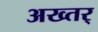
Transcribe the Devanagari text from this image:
अख्तर्